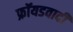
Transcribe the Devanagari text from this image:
फ्रॉयडवादी